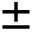
\pm